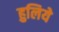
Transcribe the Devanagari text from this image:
हुलिये